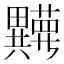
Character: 𬏘